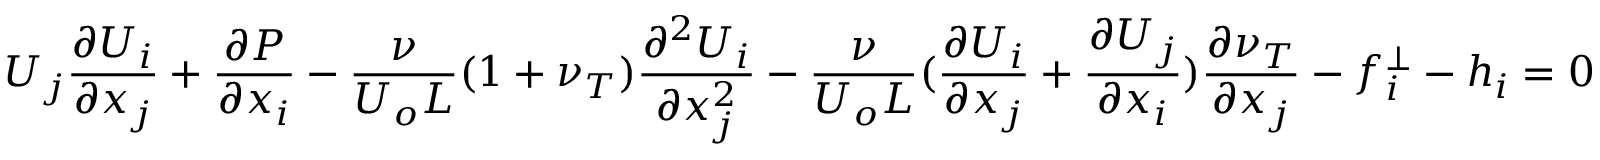
U _ { j } \frac { \partial U _ { i } } { \partial x _ { j } } + \frac { \partial P } { \partial x _ { i } } - \frac { \nu } { U _ { o } L } ( 1 + \nu _ { T } ) \frac { \partial ^ { 2 } U _ { i } } { \partial x _ { j } ^ { 2 } } - \frac { \nu } { U _ { o } L } ( \frac { \partial U _ { i } } { \partial x _ { j } } + \frac { \partial U _ { j } } { \partial x _ { i } } ) \frac { \partial \nu _ { T } } { \partial x _ { j } } - f _ { i } ^ { \perp } - h _ { i } = 0